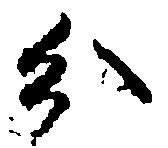
分